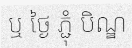
ឬ ថ្ងៃ ភ្ជុំ បិណ្ឌ